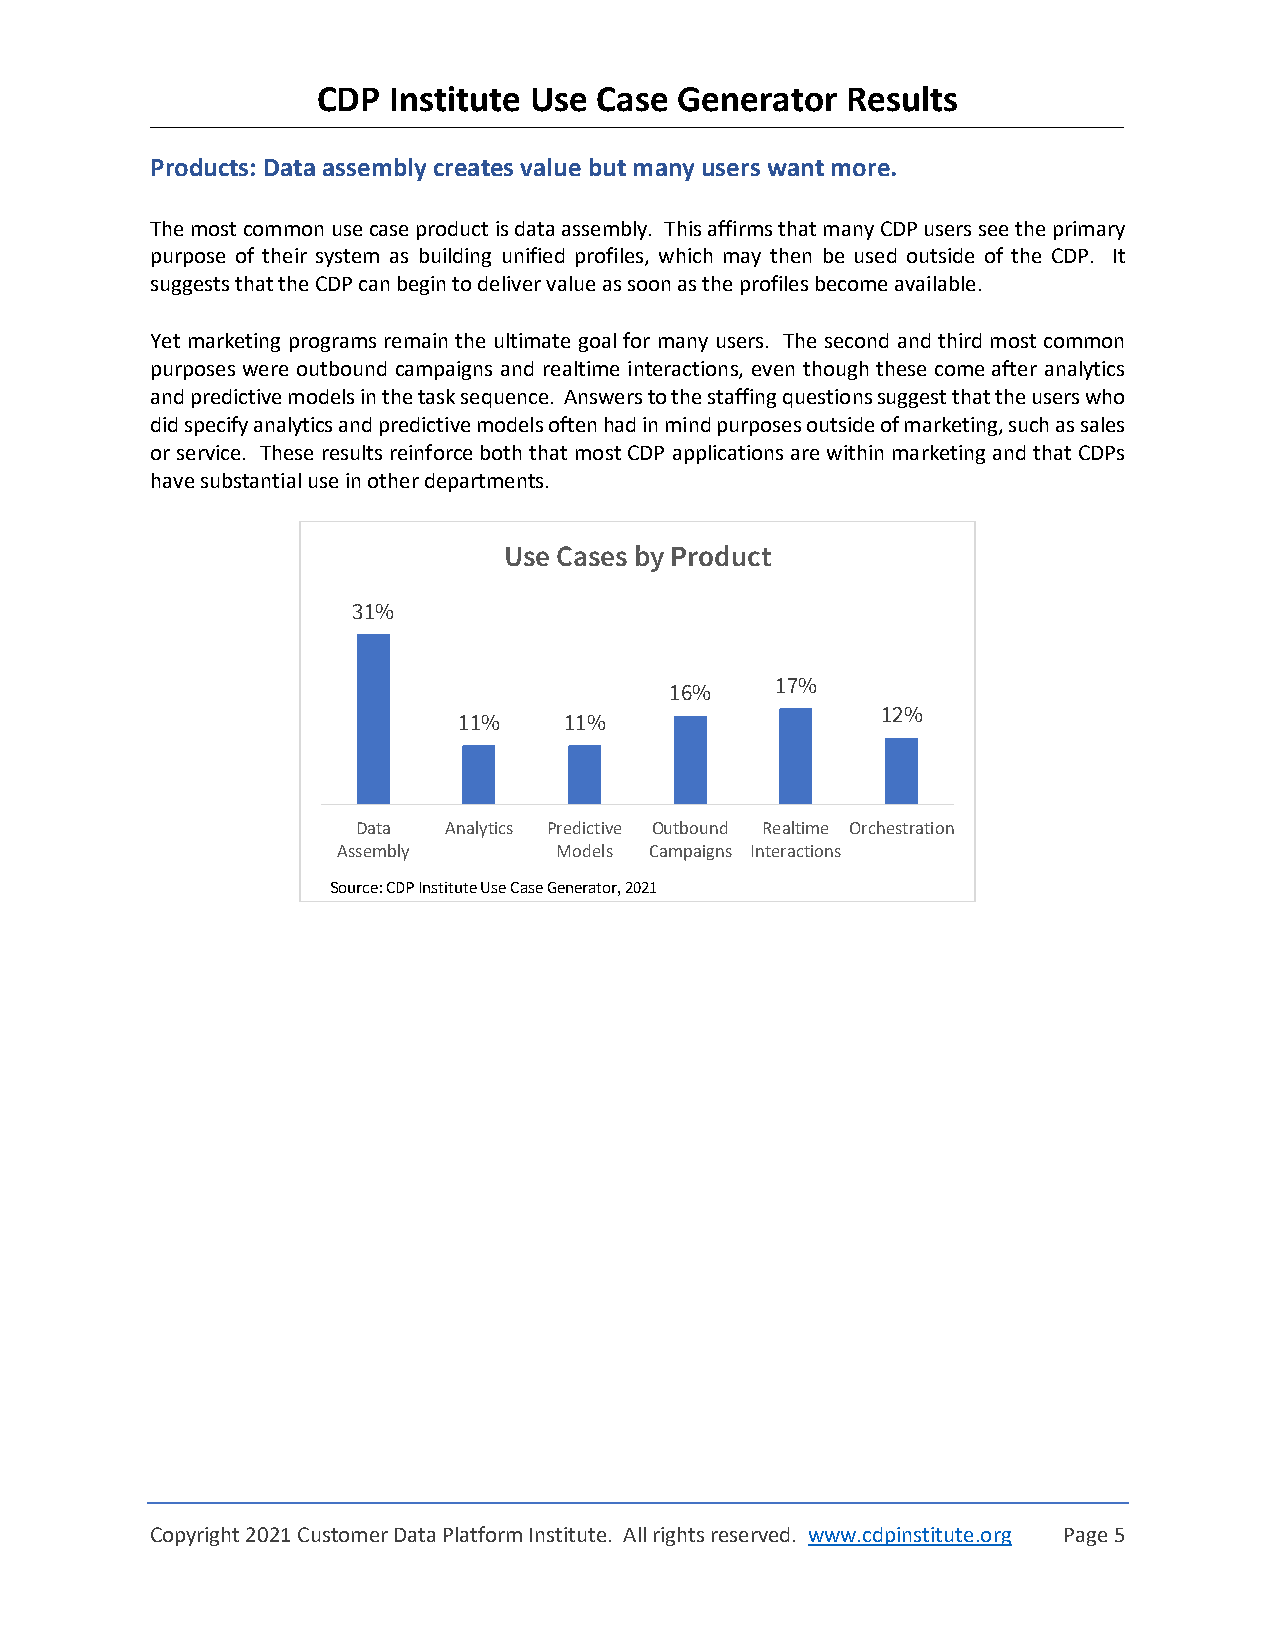
CDP  Institute Use Case Generator  Results
 Products: Data assembly creates value but many users want more.
 The most common use case product is data assembly. This affirms that many CDP users see the primary
 purpose of their system as building unified profiles, which may then be used outside of the CDP. It
 suggests that the CDP can begin to deliver value as soon as the profiles become available.
 Yet marketing programs remain the ultimate goal for many users. The second and third most common
 purposes were outbound campaigns and realtime interactions, even though these come after analytics
 and predictive models in the task sequence. Answers to the staffing questions suggest that the users who
 did specify analytics and predictive models often had in mind purposes outside of marketing, such as sales
 or service. These results reinforce both that most CDP applications are within marketing and that CDPs
 have substantial use in other departments.
 Use Cases by Product
 31%
 17%
 16%
 12%
 11%    11%
 Data Analytics Predictive Outbound Realtime Orchestration
 Assembly       Models Campaigns Interactions
 Source:CDP Institute Use Case Generator, 2021
 Copyright 2021 Customer Data Platform Institute. All rights reserved. www.cdpinstitute.org Page 5